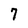
Character: 7